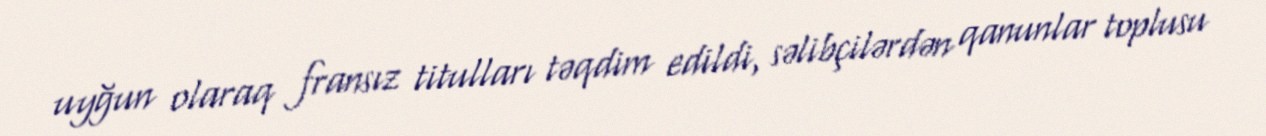
uyğun olaraq fransız titulları təqdim edildi, səlibçilərdən qanunlar toplusu